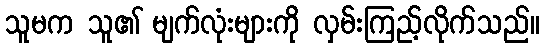
သူမက သူ၏ မျက်လုံးများကို လှမ်းကြည့်လိုက်သည်။